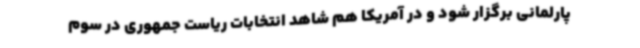
پارلمانی برگزار شود و در آمریکا هم شاهد انتخابات ریاست جمهوری در سوم